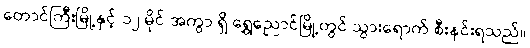
တောင်ကြီးမြို့နှင့် ၁၂ မိုင် အကွာ ရှိ ရွှေညောင်မြို့တွင် သွားရောက် စီးနင်းရသည်။